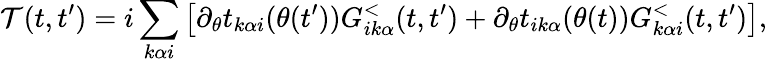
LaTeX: \mathcal{T}(t,t^{\prime})=i\sum_{k\alpha i}\left[\partial_{\theta}t_{k\alpha i}(\theta(t^{\prime}))G_{ik\alpha}^{<}(t,t^{\prime})+\partial_{\theta}t_{ik\alpha}(\theta(t))G_{k\alpha i}^{<}(t,t^{\prime})\right],